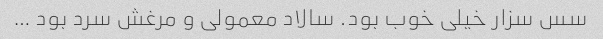
سس سزار خیلی خوب بود. سالاد معمولی و مرغش سرد بود …